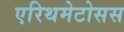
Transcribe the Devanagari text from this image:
एरिथमेटोसस